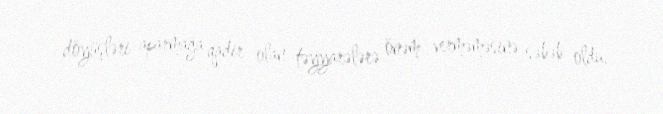
döyüşləri aparmağa qadir olan təyyarələrə önəm verməməsinə səbəb oldu.